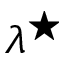
\lambda ^ { \star }